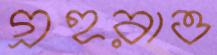
গ্রহরাও